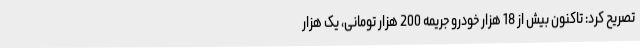
تصریح کرد: تاکنون بیش از 18 هزار خودرو جریمه 200 هزار تومانی، یک هزار